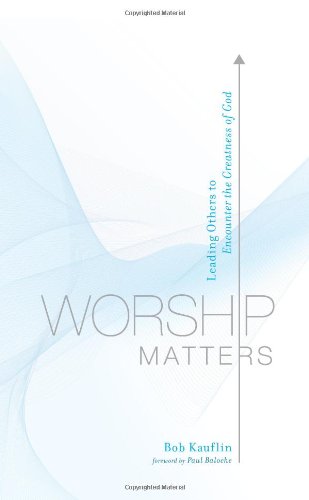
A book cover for Worship Matters: Leading Others to Encounter the Greatness of God; Bob Kauflin; Christian Books & Bibles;